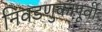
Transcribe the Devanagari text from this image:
निवडणुकापूर्वी